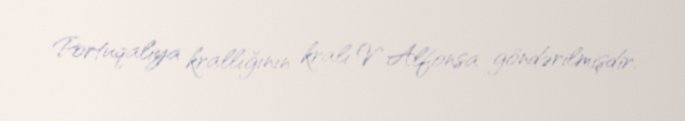
Portuqaliya krallığının kralı V Alfonsa göndərilmişdir.